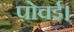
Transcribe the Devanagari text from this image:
पोवई।